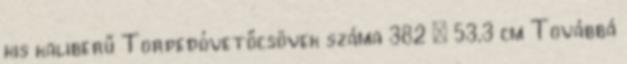
kis kaliberű Torpedóvetőcsövek száma 382 × 53,3 cm Továbbá